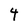
Character: 4